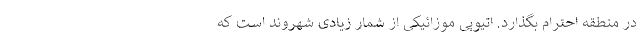
در منطقه احترام بگذارد. اتیوپی موزائیکی از شمار زیادی شهروند است که